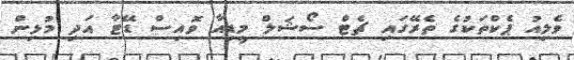
ވެލިއު ޕެކްތަކުގެ ތެރޭގައި ޗެޓް ސޯޝަލް މީޑިއާ ވޮއިސް ޑޭޓާ އަދި މުޅިން